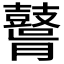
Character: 𪔤